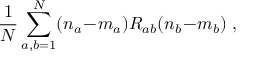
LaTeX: \frac { 1 } { N } \sum _ { a , b = 1 } ^ { N } ( n _ { a } \! - \! m _ { a } ) R _ { a b } ( n _ { b } \! - \! m _ { b } ) \; ,